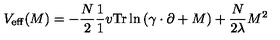
V _ { \mathrm { e f f } } ( M ) = - \frac { N } { 2 } \frac { 1 } { 1 } { v } \mathrm { T r } \ln \left( \gamma \cdot \partial + M \right) + \frac { N } { 2 \lambda } M ^ { 2 }